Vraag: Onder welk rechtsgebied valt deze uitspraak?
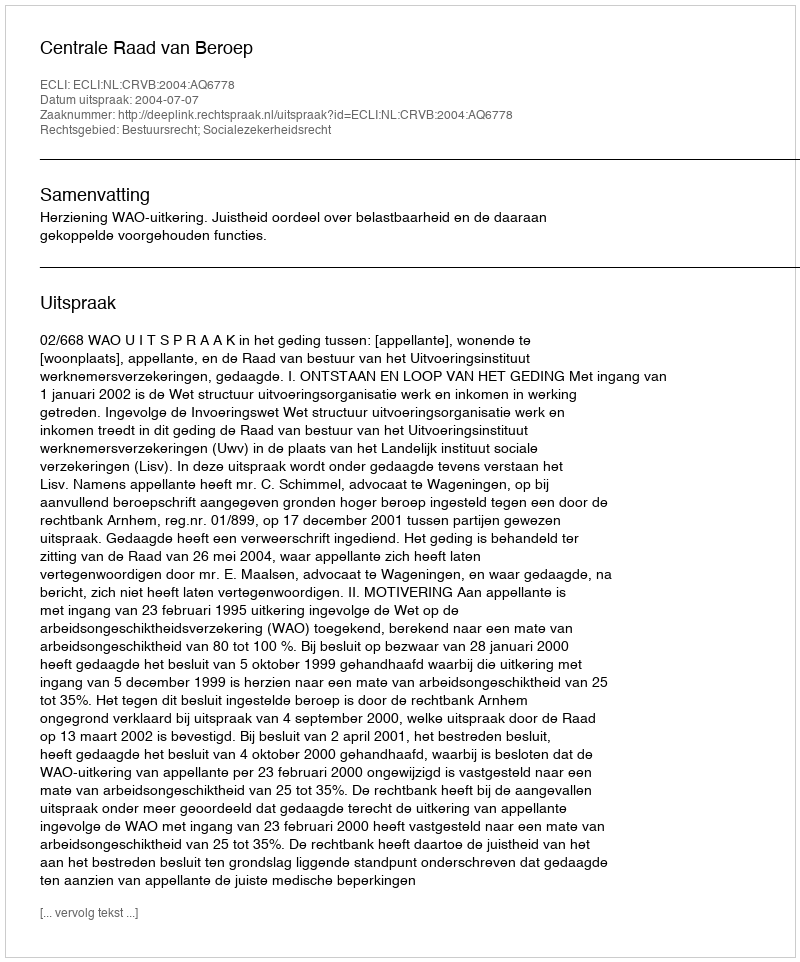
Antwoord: Bestuursrecht; Socialezekerheidsrecht